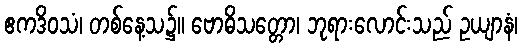
ဧကဒိဝသံ၊ တစ်နေ့သ၌။ ဗောဓိသတ္တော၊ ဘုရားလောင်းသည် ဥယျာနံ၊